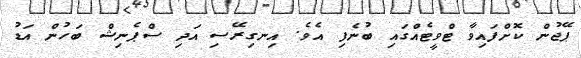
ޕޭޖުން ކޮށްފައިވާ ޓްވީޓެއްގައި ބުނެފި އެވެ. އިނގިރޭސި އަދި ސްޕެނިޝް ބަހުން އަޑު